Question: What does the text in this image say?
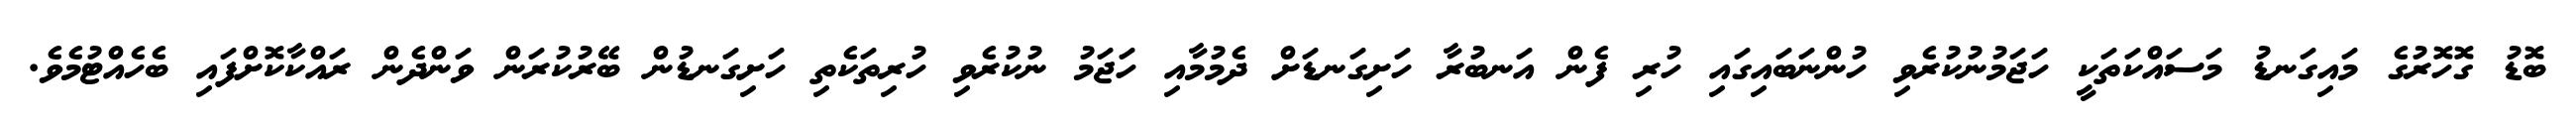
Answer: ބޮޑު ގޮހޮރުގެ މައިގަނޑު މަސައްކަތަކީ ހަޖަމުނުކުރެވި ހުންނަބައިގައި ހުރި ފެން އަނބުރާ ހަށިގަނޑަށް ދެމުމާއި ހަޖަމު ނުކުރެވި ހުރިތަކެތި ހަށިގަނޑުން ބޭރުކުރަން ވަންދެން ރައްކާކޮށްފައި ބެހެއްޓުމެވެ.